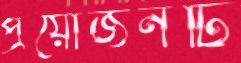
প্রয়োজনটি